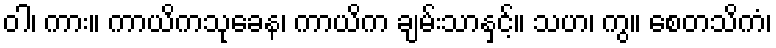
ဝါ၊ ကား။ ကာယိကသုခေန၊ ကာယိက ချမ်းသာနှင့်။ သဟ၊ ကွ။ စေတသိကံ၊